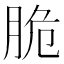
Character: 脆